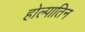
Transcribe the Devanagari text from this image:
होल्पातिन